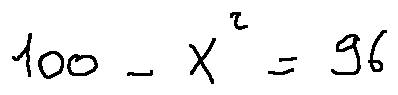
1 0 0 - X ^ { 2 } = 9 6